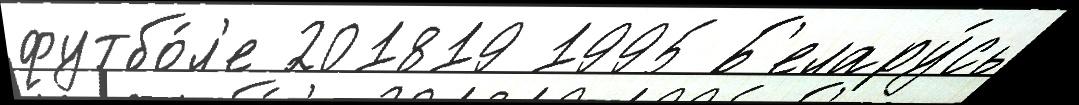
футбо́л'е 201819 1995 Б'елару́сь